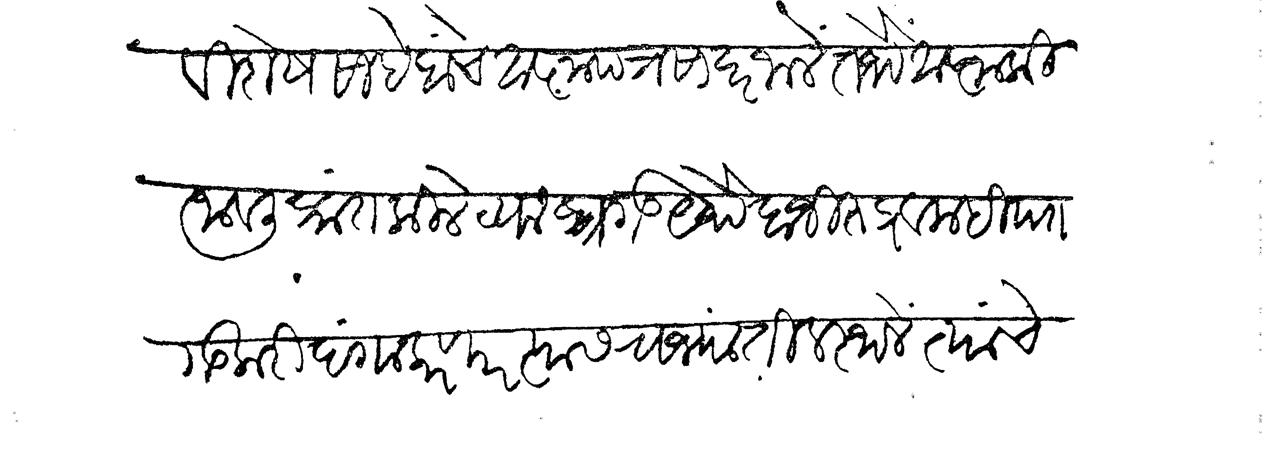
Transliteration (Devanagari): विशेष. साहेबांचे आज्ञापत्र सादर जालें तेथें आज्ञा कीं जावली प्रांत किले व्याघ्रगड येथे बाजी रुद्र व महिपत गडकरी दंगल करणार त्यास राज्यांतील स्थलें त्यांचे